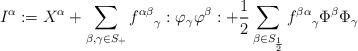
LaTeX: \begin{align*}I^\alpha := X^\alpha + \sum_{\beta, \gamma \in S_+} {f^{\alpha \beta }}_\gamma :\varphi_\gamma\varphi^\beta: + \frac{1}{2} \sum_{\beta \in S_{\frac{1}{2}}} {f^{\beta\alpha}}_\gamma \Phi^\beta\Phi_\gamma\end{align*}